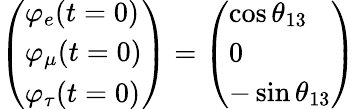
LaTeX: \left(\begin{array}{l}{{\varphi_{e}(t=0)}}\\ {{\varphi_{\mu}(t=0)}}\\ {{\varphi_{\tau}(t=0)}}\end{array}\right)=\left(\begin{array}{l}{{\cos{\theta_{13}}}}\\ {{0}}\\ {{-\sin{\theta_{13}}}}\end{array}\right)